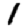
Digit: 1